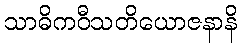
သာဓိကဝီသတိယောဇနာနိ